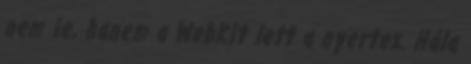
nem ie, hanem a WebKit lett a nyertes. Hála